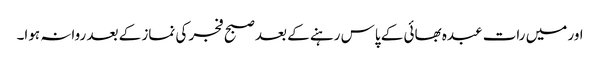
اور میں رات عبدہ بھائی کے پاس رہنے کے بعد صبح فجر کی نماز کے بعد روانہ ہوا۔